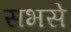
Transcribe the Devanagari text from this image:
सभसे